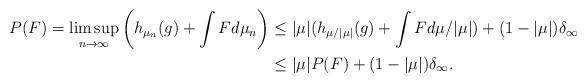
LaTeX: \begin{align*} P(F)=\limsup_{n\to \infty} \bigg(h_{\mu_n}(g)+\int Fd\mu_n\bigg)&\le |\mu|(h_{\mu/|\mu|}(g)+\int Fd\mu/|\mu|)+(1-|\mu|)\delta_\infty\\&\le |\mu|P(F)+(1-|\mu|)\delta_\infty.\end{align*}